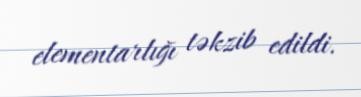
elementarlığı təkzib edildi.